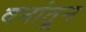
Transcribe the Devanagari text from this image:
वनांतून